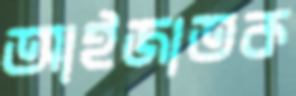
আইজাতক